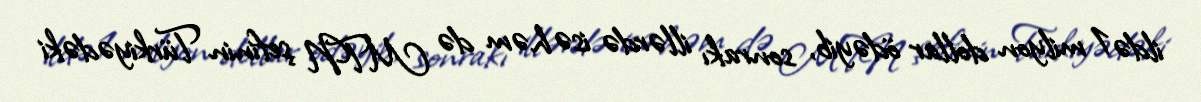
ildə 1 milyon dollar ödəyib, sonrakı illərdə isə həm də MTN şefinin Türkiyədəki